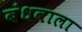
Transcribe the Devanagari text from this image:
बंधवाला